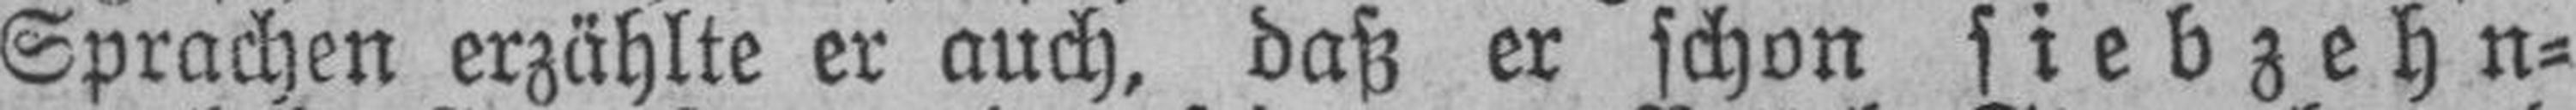
Sprachen erzählte er auch, daß er schon siebzehn¬